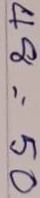
48 = 50